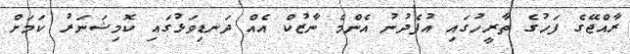
ރާއްޖޭގެ ފަހުގެ ތާރީހުގައި އުފެދުނު އެންމެ ނާޒުކް އެއް ދަނޑިވަޅުގައި ކޮމިޝަނަރު ކަމަށް